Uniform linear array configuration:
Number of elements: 24
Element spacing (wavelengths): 1
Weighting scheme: uniform
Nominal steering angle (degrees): -45
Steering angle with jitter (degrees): -45.207
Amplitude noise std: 0.05
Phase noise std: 0.05

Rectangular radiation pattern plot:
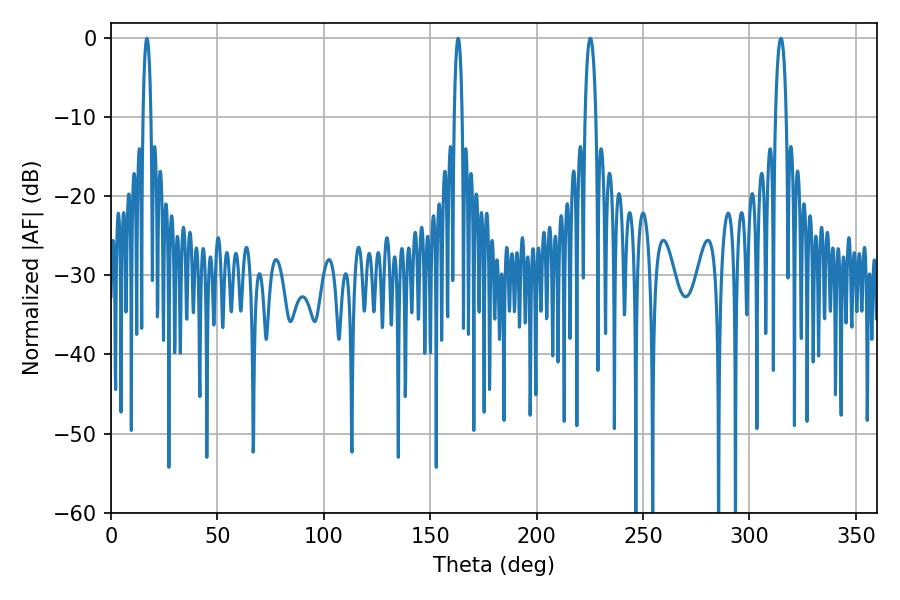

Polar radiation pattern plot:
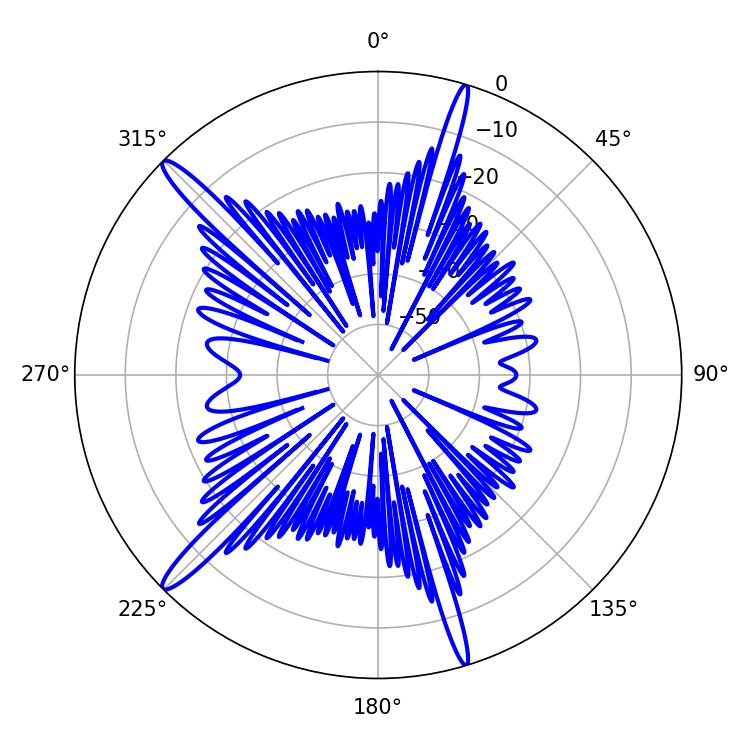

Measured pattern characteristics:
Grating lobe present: TRUE
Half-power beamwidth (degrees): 2.88
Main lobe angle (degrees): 225.18